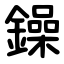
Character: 鐰